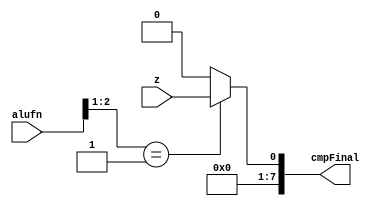
/*
   This file was generated automatically by the Mojo IDE version B1.3.5.
   Do not edit this file directly. Instead edit the original Lucid source.
   This is a temporary file and any changes made to it will be destroyed.
*/

module compare_59 (
    input [5:0] alufn,
    input z,
    output reg [7:0] cmpFinal
  );
  
  
  
  reg cmpVal;
  
  always @* begin
    
    case (alufn[1+1-:2])
      2'h1: begin
        cmpVal = z;
      end
      default: begin
        cmpVal = 1'h0;
      end
    endcase
    cmpFinal[0+0-:1] = cmpVal;
    cmpFinal[1+6-:7] = 7'h00;
  end
endmodule